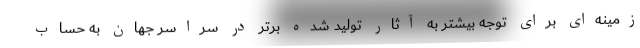
زمینه‌ای برای توجه بیشتر به آثار تولید شده برتر در سراسر جهان به حساب